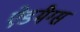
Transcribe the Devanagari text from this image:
ऐडमैग्स